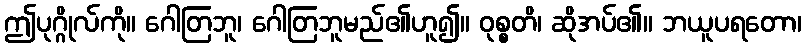
ဤပုဂ္ဂိုလ်ကို။ ဂေါတြဘူ၊ ဂေါတြဘူမည်၏ဟူ၍။ ဝုစ္စတိ၊ ဆိုအပ်၏။ ဘယူပရတော၊